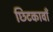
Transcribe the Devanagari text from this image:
छिटकावाँ